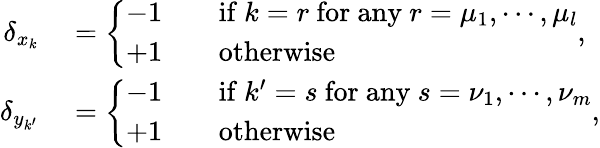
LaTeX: \begin{array}{rl}{\delta_{x_{k}}}&{{}=\left\{ \begin{array}{lll}{-1}&{}&{\mathrm{if}\ k=r\ \mathrm{for\ any}\ r=\mu_{1},\cdots,\mu_{l}}\\ {+1}&{}&{\mathrm{otherwise}}\end{array}\right.,}\\ {\delta_{y_{k^{\prime}}}}&{{}=\left\{ \begin{array}{lll}{-1}&{}&{\mathrm{if}\ k^{\prime}=s\ \mathrm{for\ any}\ s=\nu_{1},\cdots,\nu_{m}}\\ {+1}&{}&{\mathrm{otherwise}}\end{array}\right.,}\end{array}